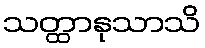
သတ္ထာနုသာသိ